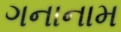
ગનાનામ